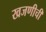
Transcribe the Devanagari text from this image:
खजणीची